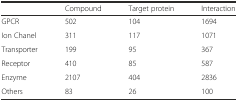
<table><thead><tr><td></td><td><b>Compound</b></td><td><b>Target protein</b></td><td><b>Interaction</b></td></tr></thead><tbody><tr><td>GPCR</td><td>502</td><td>104</td><td>1694</td></tr><tr><td>Ion Chanel</td><td>311</td><td>117</td><td>1071</td></tr><tr><td>Transporter</td><td>199</td><td>95</td><td>367</td></tr><tr><td>Receptor</td><td>410</td><td>85</td><td>587</td></tr><tr><td>Enzyme</td><td>2107</td><td>404</td><td>2836</td></tr><tr><td>Others</td><td>83</td><td>26</td><td>100</td></tr></tbody></table>